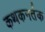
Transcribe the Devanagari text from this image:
कथकनर्तक